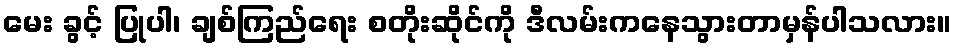
မေး ခွင့် ပြုပါ၊ ချစ်ကြည်ရေး စတိုးဆိုင်ကို ဒီလမ်းကနေသွားတာမှန်ပါသလား။